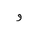
Letter: _waw